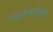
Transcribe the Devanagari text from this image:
लश्करासोबत